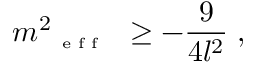
m _ { \textrm { { \tiny { e f f } } } } ^ { 2 } \geq - \frac { 9 } { 4 l ^ { 2 } } \; ,